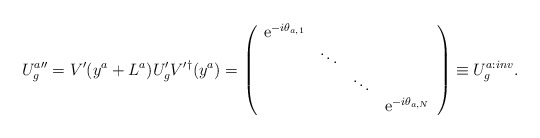
\begin{align*}U_{g}^{a\prime\prime}=V^{\prime}(y^a+L^a)U_{g}^{\prime} V^{\prime\dagger}(y^a)=\left(\begin{array}{cccc}{\rm e}^{-i\theta_{a, 1}}& & & \\& \ddots & & \\& & \ddots & \\& & & {\rm e}^{-i\theta_{a, N}}\end{array}\right)\equiv U_{g}^{a:inv}.\end{align*}